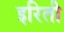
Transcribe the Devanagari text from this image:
इरिती